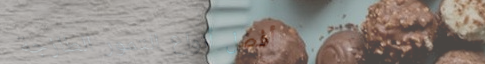
أفضل أنواع التمور الطازجة